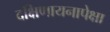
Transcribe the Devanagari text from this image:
दक्षिणायनापेक्षा